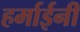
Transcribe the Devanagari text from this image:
हर्माईनी